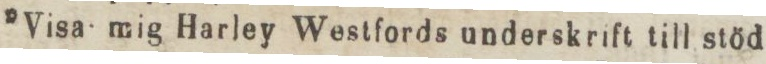
”Visa mig Harley Westfords underskrift till stöd